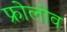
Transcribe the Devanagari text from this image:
फ्रोलोव